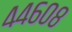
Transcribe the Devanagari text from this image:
४४६०८